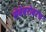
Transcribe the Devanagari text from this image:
सेवेबरोबरच